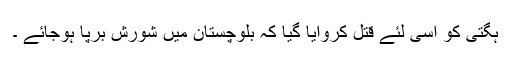
ہگتی کو اسی لئے قتل کروایا گیا کہ بلوچستان میں شورش برپا ہوجائے ۔